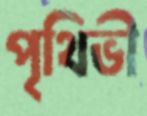
পৃথিভী